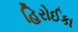
હિરોઈકા